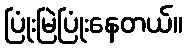
ပြုံးမြဲပြုံးနေတယ်။